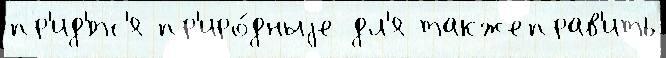
пр'ид'́тс'я пр'иро́дныjе дл'я такжеправ'ить